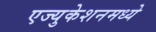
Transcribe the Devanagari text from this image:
एज्युकेशनमध्ये